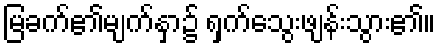
မြခက်၏မျက်နှာ၌ ရှက်သွေးဖျန်းသွား၏။